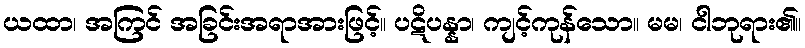
ယထာ၊ အကြင် အခြင်းအရာအားဖြင့်။ ပဋိပန္နာ၊ ကျင့်ကုန်သော။ မမ၊ ငါဘုရား၏။